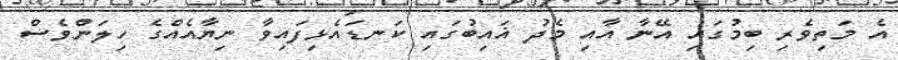
އެ މަތިވެރި ބިމުގައި އޭނާ އާއި މެދު ޣައިބުގައި ކަނޑައެޅިފައިވާ ނިޔާއެއްގެ ހިލަންވެސް